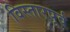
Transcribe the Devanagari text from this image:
विस्तारपूर्व